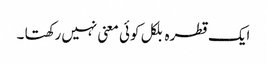
ایک قطرہ بلکل کوئی معنی نہیں رکھتا ۔